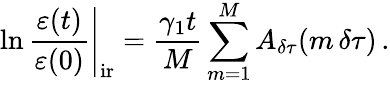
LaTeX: \left.\ln\frac{\varepsilon(t)}{\varepsilon(0)}\right|_{\mathrm{ir}}=\frac{\gamma_{1}t}{M}\sum_{m=1}^{M}A_{\delta\tau}(m\, \delta\tau)\, .